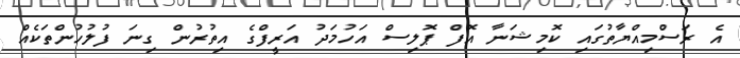
އެ ރަސްމިއްޔާތުގައި ކޮމިޝަނާ އޮފް ޕޮލިސް އަހުމަދު އަރީފްގެ އިތުރުން ގިނަ ފުލުހުންތަކެއް